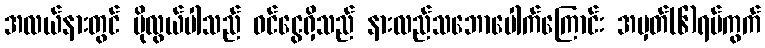
အလယ်နားတွင် ပိုလွယ်ပါသည် ဝင်ငွေရှိသည် နားလည်သဘောပေါက်ကြောင်း အမှတ်(၆)ရပ်ကွက်